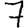
Digit: 7